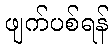
ဖျက်ပစ်ရန်